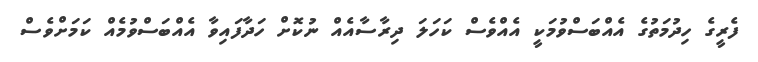
ފެރީގެ ހިދުމަތުގެ އެއްބަސްވުމަކީ އެއްވެސް ކަހަލަ ދިރާސާއެއް ނުކޮށް ހަދާފައިވާ އެއްބަސްވުމެއް ކަމަށްވެސް